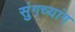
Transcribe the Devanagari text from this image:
सुंगच्यांग